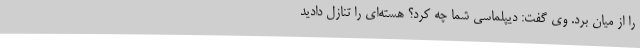
را از میان برد. وی گفت: دیپلماسی شما چه کرد؟ هسته‌ای را تنازل دادید